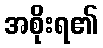
အစိုးရ၏